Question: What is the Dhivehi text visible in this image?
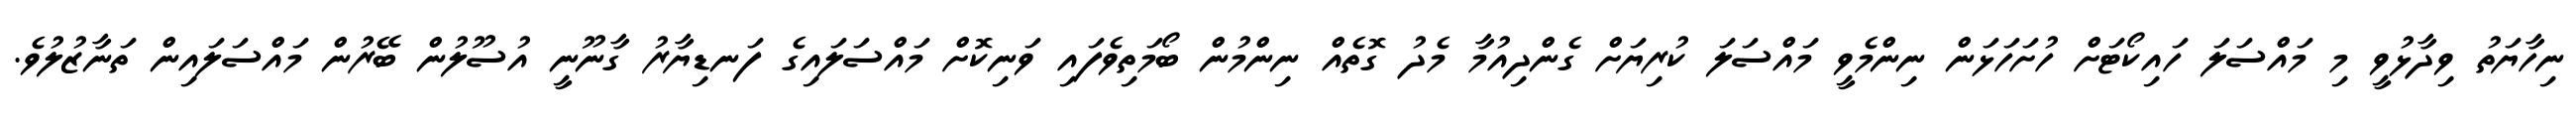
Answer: ނިހާޔަތު ވިދާޅުވީ މި މައްސަލަ ހައިކޯޓަށް ހުށަހަޅަން ނިންމެވީ މައްސަލަ ކުރިޔަށް ގެންދިއުމާ މެދު ގޮތެއް ނިންމުން ބޯމަތިވެފައި ވަނިކޮށް މައްސަލައިގެ ފަނޑިޔާރު ގާނޫނީ އުސޫލުން ބޭރުން މައްސަލައިން ތަނާޒުލުވެ.